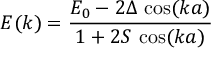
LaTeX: E ( k ) = { \frac { E _ { 0 } - 2 \Delta \, \cos ( k a ) } { 1 + 2 S \, \cos ( k a ) } }